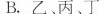
B.乙、丙、丁